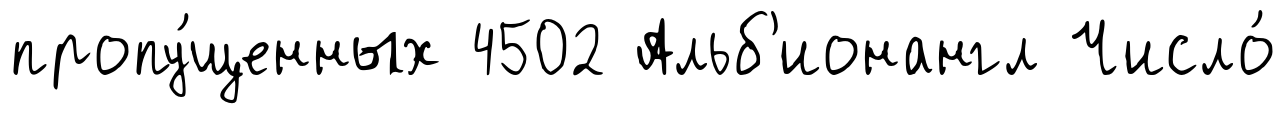
пропу́щенных 4502 Альб'ионангл Число́